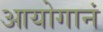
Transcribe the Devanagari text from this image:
आयोगानं